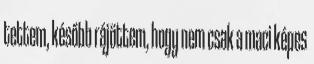
tettem, később rájöttem, hogy nem csak a maci képes